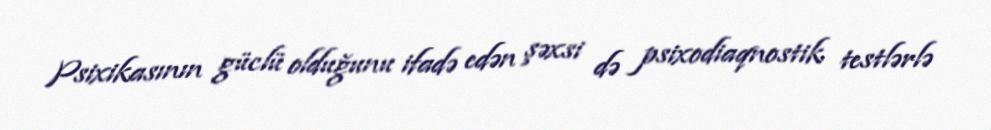
Psixikasının güclü olduğunu ifadə edən şəxsi də psixodiaqnostik testlərlə